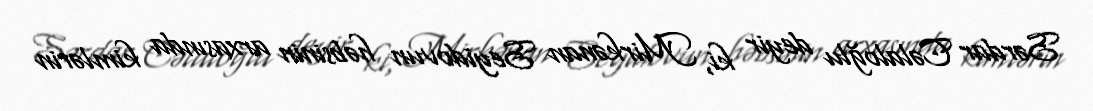
Sərdar Cəlaloğlu deyir ki, Mirkənan Seyidovun həbsinin arxasında kimlərin